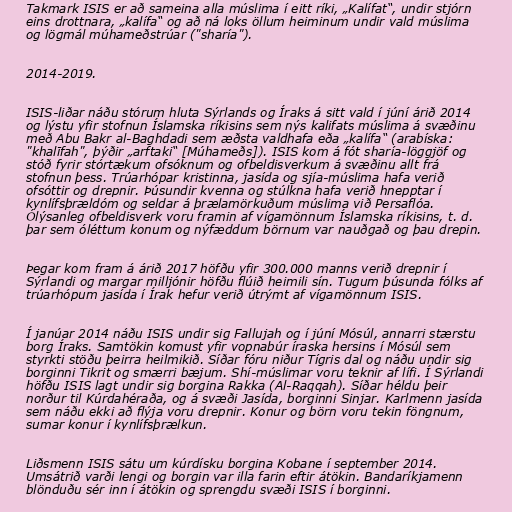
Takmark ISIS er að sameina alla múslima í eitt ríki, „Kalífat“, undir stjórn
eins drottnara, „kalífa“ og að ná loks öllum heiminum undir vald múslima
og lögmál múhameðstrúar ("sharía").

2014-2019.

ISIS-liðar náðu stórum hluta Sýrlands og Íraks á sitt vald í júní árið 2014
og lýstu yfir stofnun Íslamska ríkisins sem nýs kalifats múslima á svæðinu
með Abu Bakr al-Baghdadi sem æðsta valdhafa eða „kalífa“ (arabíska:
"khalīfah", þýðir „arftaki“ [Múhameðs]). ISIS kom á fót sharía-löggjöf og
stóð fyrir stórtækum ofsóknum og ofbeldisverkum á svæðinu allt frá
stofnun þess. Trúarhópar kristinna, jasída og sjía-múslima hafa verið
ofsóttir og drepnir. Þúsundir kvenna og stúlkna hafa verið hnepptar í
kynlífsþrældóm og seldar á þrælamörkuðum múslima við Persaflóa.
Ólýsanleg ofbeldisverk voru framin af vígamönnum Íslamska ríkisins, t. d.
þar sem óléttum konum og nýfæddum börnum var nauðgað og þau drepin.

Þegar kom fram á árið 2017 höfðu yfir 300.000 manns verið drepnir í
Sýrlandi og margar milljónir höfðu flúið heimili sín. Tugum þúsunda fólks af
trúarhópum jasída í Írak hefur verið útrýmt af vígamönnum ISIS.

Í janúar 2014 náðu ISIS undir sig Fallujah og í júní Mósúl, annarri stærstu
borg Íraks. Samtökin komust yfir vopnabúr íraska hersins í Mósúl sem
styrkti stöðu þeirra heilmikið. Síðar fóru niður Tígris dal og náðu undir sig
borginni Tikrit og smærri bæjum. Shí-múslimar voru teknir af lífi. Í Sýrlandi
höfðu ISIS lagt undir sig borgina Rakka (Al-Raqqah). Síðar héldu þeir
norður til Kúrdahéraða, og á svæði Jasída, borginni Sinjar. Karlmenn jasída
sem náðu ekki að flýja voru drepnir. Konur og börn voru tekin föngnum,
sumar konur í kynlífsþrælkun.

Liðsmenn ISIS sátu um kúrdísku borgina Kobane í september 2014.
Umsátrið varði lengi og borgin var illa farin eftir átökin. Bandaríkjamenn
blönduðu sér inn í átökin og sprengdu svæði ISIS í borginni.